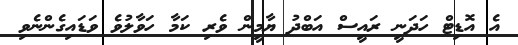
އެ އޮޑިޓް ހަދަނީ ރައީސް އަބްދު ޔާމީން ވެރި ކަމާ ހަވާލުވެ ވަޑައިގެންނެވި